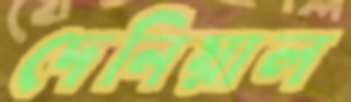
দেনিয়াল